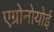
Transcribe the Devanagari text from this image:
एग्रोनोयोई